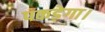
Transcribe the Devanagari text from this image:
पकड़ेगा।